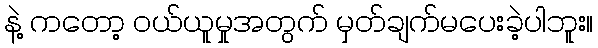
နဲ့ ကတော့ ဝယ်ယူမှုအတွက် မှတ်ချက်မပေးခဲ့ပါဘူး။